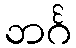
ဘင်္ဂ